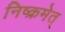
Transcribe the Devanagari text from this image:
निष्क्रमेत्